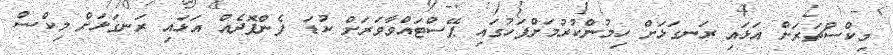
މިކްސްޗަރަށް އަޅައި ރަނގަޅަށް ހިމުންކުރުމަށްފަހުގައި ޕޭސްޓައްވާވަރަށް ކުޑަ ފެންފޮދެއް އަޅައި ރަނގަޅަށް މިކްސް